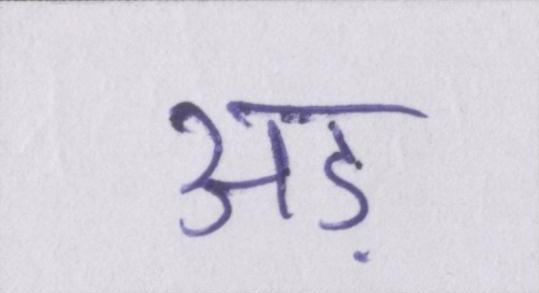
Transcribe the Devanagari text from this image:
अड़